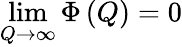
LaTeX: \operatorname*{lim}_{Q\rightarrow\infty}\Phi\left(Q\right)=0